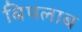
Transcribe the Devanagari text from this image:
बिपलाब